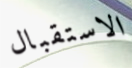
الاستقبال